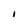
Character: I